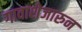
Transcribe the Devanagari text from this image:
गावाशेजारुन